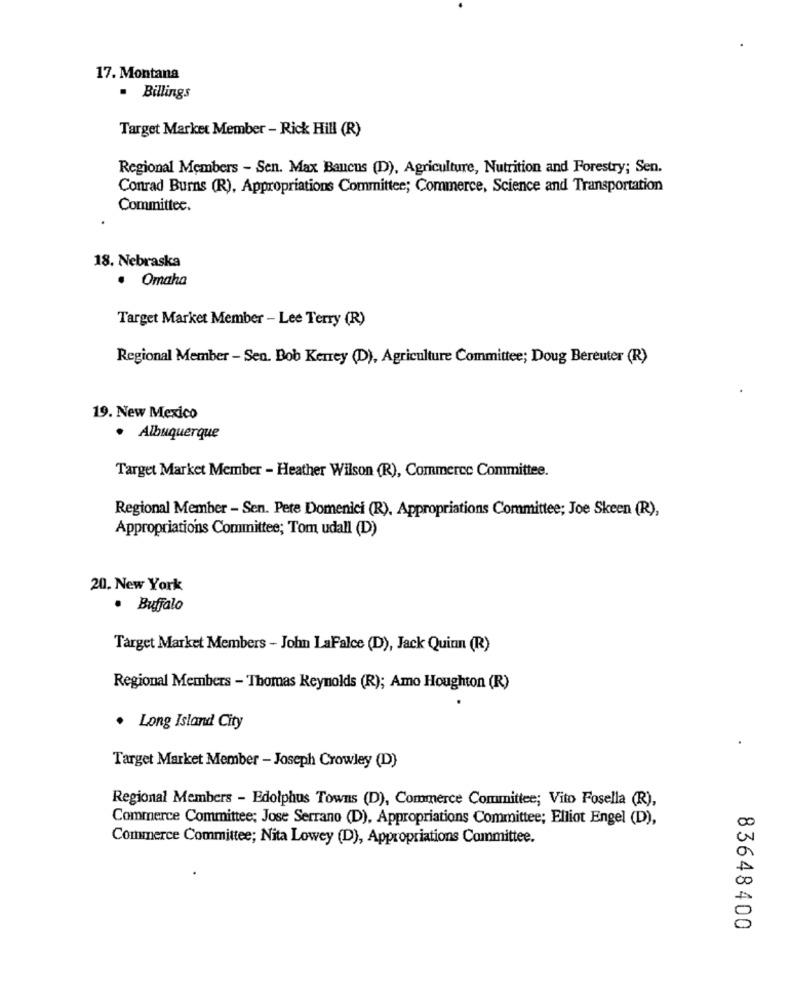
17. Montana
. Billings
Target Market Member - Rick Hill (R)
Regional Members - Sen. Max Baucus (DD), Agriculture, Nutrition and Forestry; Sen.
Conrad Burns (R), Appropriations Committee; Commerce, Science and Transportation
Committee.
18. Nebraska
· Omaha
Target Market Member - Lee Terry (R)
Regional Member - Sen. Bob Kerrey (D), Agriculture Committee; Doug Bereuter (R)
19. New Mexico
. Albuquerque
Target Market Member - Heather Wilson (R), Commerce Committee.
Regional Member - Sen. Pete Domenici (R), Appropriations Committee; Joe Skeen (R),
Appropriations Committee; Tom udall (D)
20. New York
· Buffalo
Target Market Members - John LaFalce (D), Jack Quinn (R)
Regional Members - Thomas Reynolds (R); Amo Houghton (R)
Long Island City
Target Market Member - Joseph Crowley (D)
Regional Members - Edolphus Towns (D), Commerce Committee; Vito Fosella (R),
Commerce Committee: Jose Serrano (D), Appropriations Committee; Elliot Engel (D),
00
Commerce Committee; Nita Lowey (D), Appropriations Committee.
00
83648400